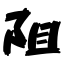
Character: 阻